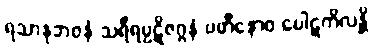
ရသာနုဘဝနံ သရီရပ္ပဋိဇဂ္ဂနံ ပဟီနောဝ ပေါဋကိလန္တိ